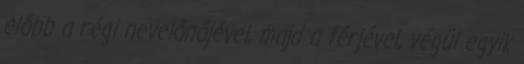
előbb a régi nevelőnőjével, majd a férjével, végül egyik